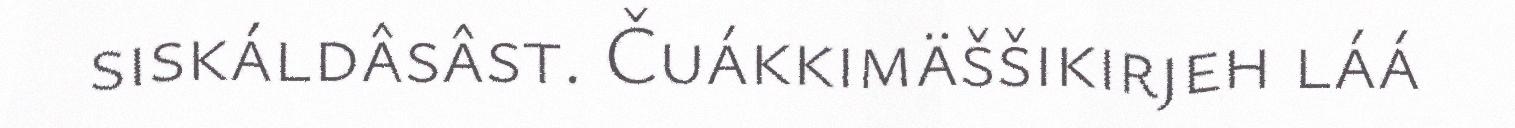
siskáldâsâst. Čuákkimäššikirjeh láá